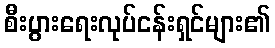
စီးပွားရေးလုပ်ငန်းရှင်များ၏